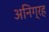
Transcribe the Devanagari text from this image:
अनिग्रह